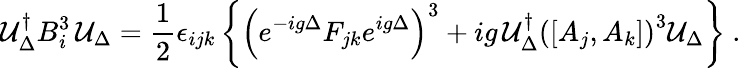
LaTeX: {\cal U}_{\Delta}^{\dagger}B_{i}^{3}\, {\cal U}_{\Delta}=\frac{1}{2}\epsilon_{ijk}\left\{ \left(e^{-ig\Delta}F_{jk}e^{ig\Delta}\right)^{3}+ig\, {\cal U}_{\Delta}^{\dagger}\left([A_{j},A_{k}]\right)^{3}{\cal U}_{\Delta}\right\} \ .